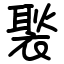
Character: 褧